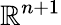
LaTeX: \mathbb{R}^{n+1}